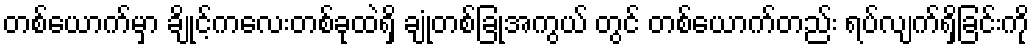
တစ်ယောက်မှာ ချိုင့်ကလေးတစ်ခုထဲရှိ ချုံတစ်ခြုံအကွယ် တွင် တစ်ယောက်တည်း ရပ်လျက်ရှိခြင်းကို